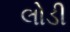
લોડી